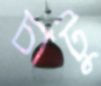
চাটু